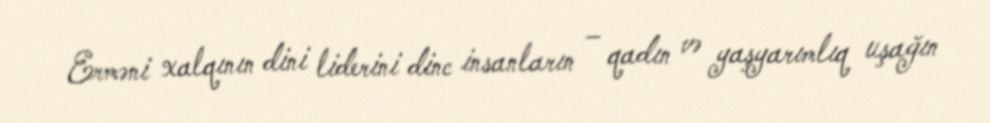
Erməni xalqının dini liderini dinc insanların – qadın və yaşyarımlıq uşağın